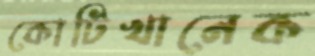
কোটিখানেক